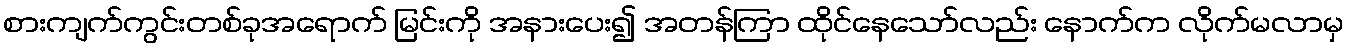
စားကျက်ကွင်းတစ်ခုအရောက် မြင်းကို အနားပေး၍ အတန်ကြာ ထိုင်နေသော်လည်း နောက်က လိုက်မလာမှ